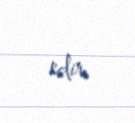
edir.